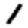
Digit: 1